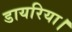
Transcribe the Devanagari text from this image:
डायरिया।